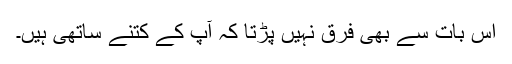
اس بات سے بھی فرق نہیں پڑتا کہ آپ کے کتنے ساتھی ہیں۔